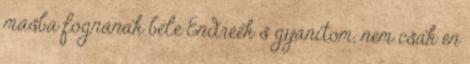
másba fognának bele Endréék s gyanítom, nem csak én